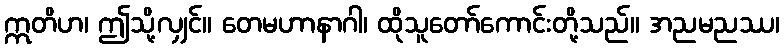
ဣတိဟ၊ ဤသို့လျှင်။ တေမဟာနာဂါ၊ ထိုသူတော်ကောင်းတို့သည်။ အညမညဿ၊